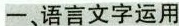
一、语言文字运用